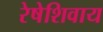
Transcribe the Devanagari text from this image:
रेषेशिवाय